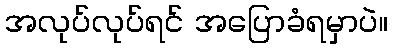
အလုပ်လုပ်ရင် အပြောခံရမှာပဲ။